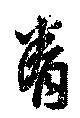
眷